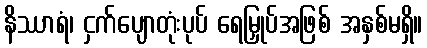
နိဿာရံ၊ ငှက်ပျောတုံးပုပ် ရေမြှုပ်အဖြစ် အနှစ်မရှိ။